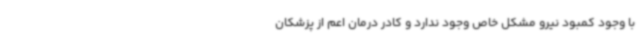
با وجود کمبود نیرو مشکل خاص وجود ندارد و کادر درمان اعم از پزشکان